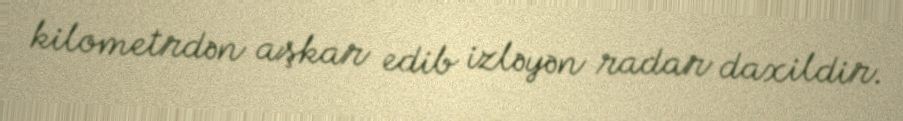
kilometrdən aşkar edib izləyən radar daxildir.